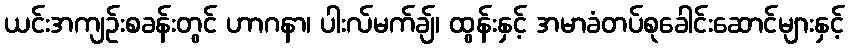
ယင်းအကျဉ်းစခန်းတွင် ဟာဂနာ၊ ပါးလ်မက်ချ်၊ ထွန်းနှင့် အမာခံတပ်စုခေါင်းဆောင်များနှင့်